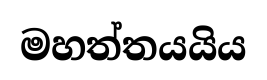
මහත්තයයිය